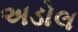
અડોલ